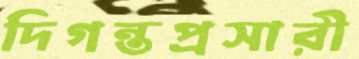
দিগন্তপ্রসারী